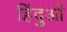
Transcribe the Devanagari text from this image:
हिंदुआें